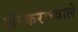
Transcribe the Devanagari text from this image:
संस्करणवाले